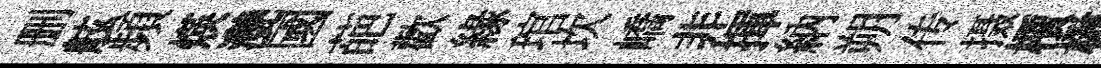
删舷頻煐灔國葩歡緣琯坎嶠非揮納朔传摄檟楙槲